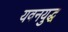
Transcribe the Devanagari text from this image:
यवनयुद्ध